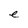
Character: e